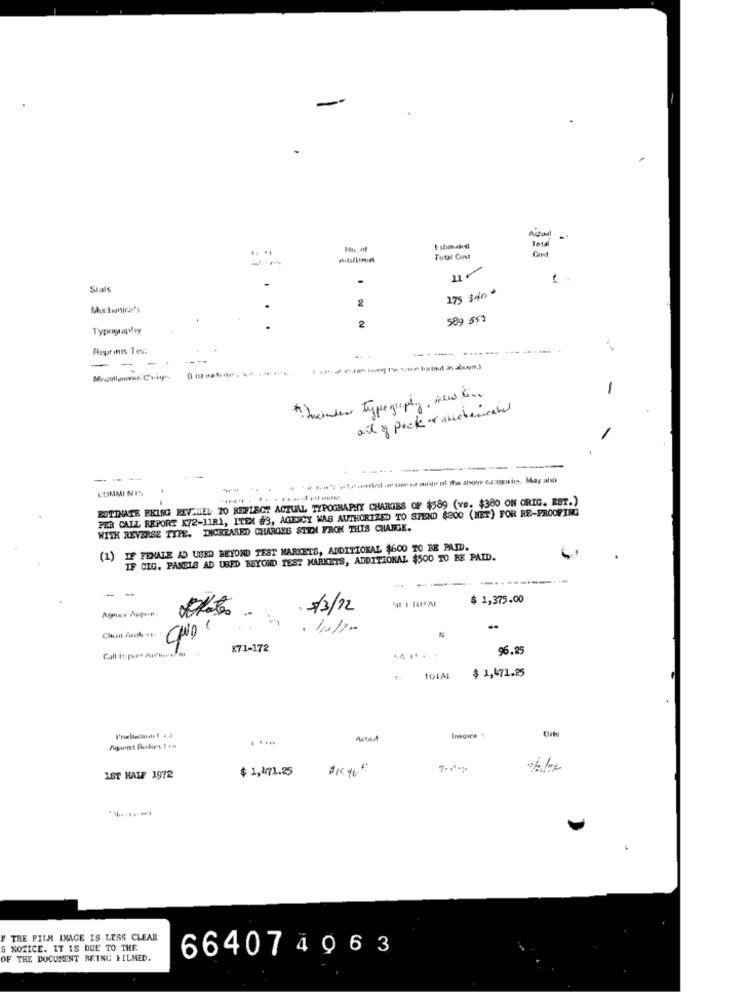
Atual
Total
Total Cost
Sials
275 3400
2
Mochanira's
2
589 5$2
Reprints Tes:
------
Mincollouns Crip
-
out of pack of mechemate
-
-- --
COMMI NIS
ESTINATE BEING REV GEL TO REFLECT ACTUAL TYPOGRAPHY CHARGES OF $589 (vs. $380 ON ORIG. EST.)
PER CALL REPORT K72-11R1, ITEM #3, AGENCY WAS AUTHORIZED TO SPEND $200 (NET) FOR RE-PROOFING
WITH REVERSE TYPE, INCREASED CHARGES STEM FROM THIS CHANGE.
)IF FEMALE AD USED BEYOND TEST MARKETS, ADDITIONAL $600 TO BE PAID.
IF CIG, PANELS AD USED BEYOND TEST MARKETS, ADDITIONAL $500 TO BE PAID.
...
$ 1,375.00
Mpins Augein.
2/3/12
35
K71-172
96.25
$ 1,471.25
10TAL
$1,471.25
1ST HALF 1972
THE FILM IMAGE IS LESS CLEAR
& NOTICE. IT IS DUE TO THE
66407 4963
OF THE DOCUMENT REINE &ILMED.